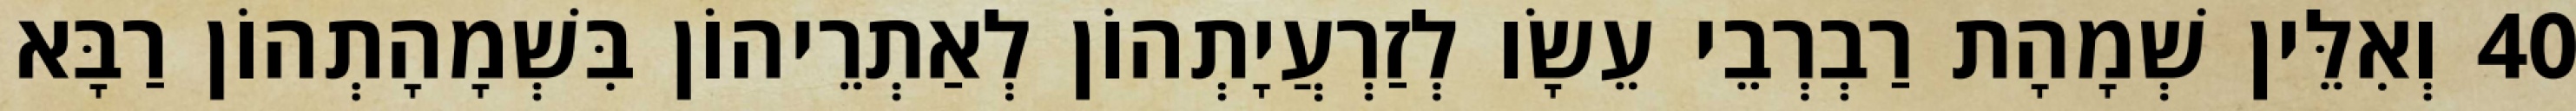
40 וְאִלֵּין שְׁמָהָת רַבְרְבֵי עֵשָׂו לְזַרְעֲיָתְהוֹן לְאַתְרֵיהוֹן בִּשְׁמָהָתְהוֹן רַבָּא